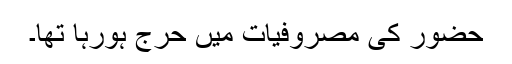
حضورؐ کی مصروفیات میں حرج ہورہا تھا۔